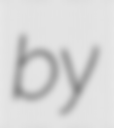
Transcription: by